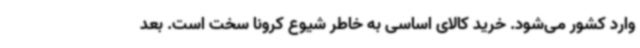
وارد کشور می‌شود. خرید کالای اساسی به خاطر شیوع کرونا سخت است. بعد